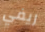
ريفي